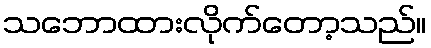
သဘောထားလိုက်တော့သည်။